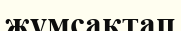
жұмсақтап